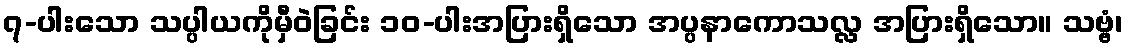
၇-ပါးသော သပ္ပါယကိုမှီဝဲခြင်း ၁၀-ပါးအပြားရှိသော အပ္ပနာကောသလ္လ အပြားရှိသော။ သဗ္ဗံ၊